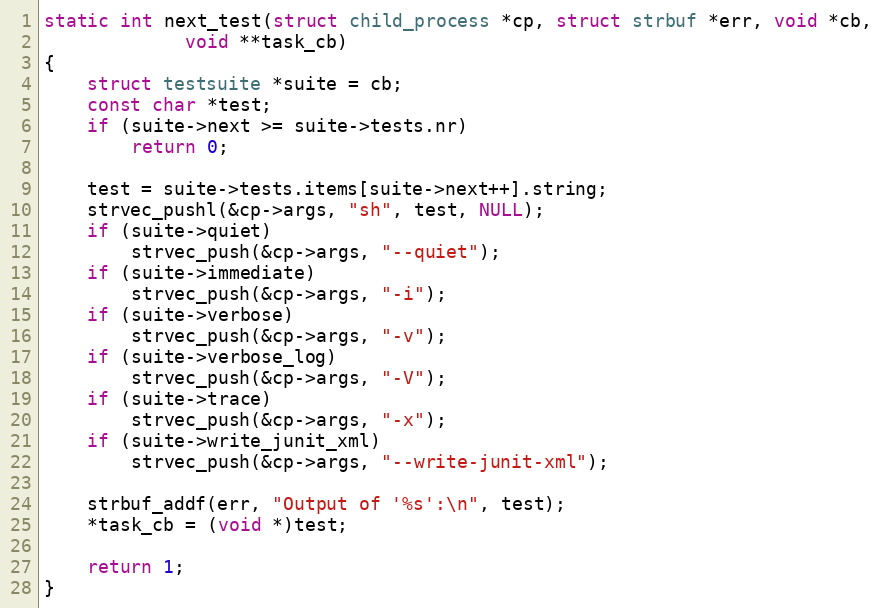
Language: C
static int next_test(struct child_process *cp, struct strbuf *err, void *cb,
		     void **task_cb)
{
	struct testsuite *suite = cb;
	const char *test;
	if (suite->next >= suite->tests.nr)
		return 0;

	test = suite->tests.items[suite->next++].string;
	strvec_pushl(&cp->args, "sh", test, NULL);
	if (suite->quiet)
		strvec_push(&cp->args, "--quiet");
	if (suite->immediate)
		strvec_push(&cp->args, "-i");
	if (suite->verbose)
		strvec_push(&cp->args, "-v");
	if (suite->verbose_log)
		strvec_push(&cp->args, "-V");
	if (suite->trace)
		strvec_push(&cp->args, "-x");
	if (suite->write_junit_xml)
		strvec_push(&cp->args, "--write-junit-xml");

	strbuf_addf(err, "Output of '%s':\n", test);
	*task_cb = (void *)test;

	return 1;
}